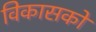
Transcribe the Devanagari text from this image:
विकासको